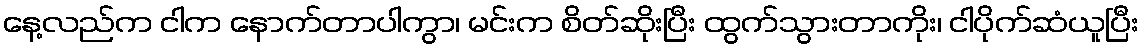
နေ့လည်က ငါက နောက်တာပါကွာ၊ မင်းက စိတ်ဆိုးပြီး ထွက်သွားတာကိုး၊ ငါပိုက်ဆံယူပြီး